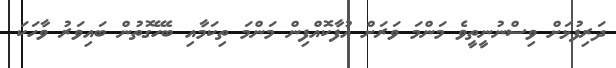
ދަރިފުޅަށް ވިސްނުނީތީވެ މަންމަ ވަރަށް އުފާކޮއްފިން މަންމަ ތިކަމާއި ބެހޭގޮތުން ބައިވަރު ވާހަކަ